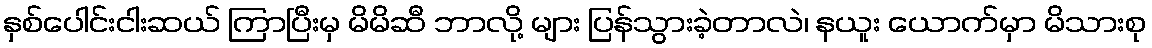
နှစ်ပေါင်းငါးဆယ် ကြာပြီးမှ မိမိဆီ ဘာလို့ များ ပြန်သွားခဲ့တာလဲ၊ နယူး ယောက်မှာ မိသားစု